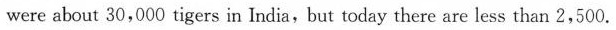
were about 30,000 tigers in India,but today there are less than 2,500.